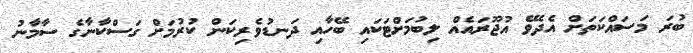
ބުރަ މަސައްކަތަށް އެދެވޭ އުޖޫރައެއް ލިބުމަށްޓަކައި ބޭހާއި ދަނޑުވެރިކަން ކުރުމަށް ގަސްކާނާގެ ސާމާނު